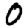
Digit: 0